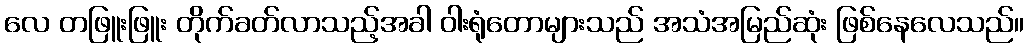
လေ တဖြူးဖြူး တိုက်ခတ်လာသည့်အခါ ဝါးရုံတောများသည် အသံအမြည်ဆုံး ဖြစ်နေလေသည်။